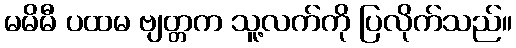
မမိမီ ပထမ ဗျတ္တက သူ့လက်ကို ပြလိုက်သည်။